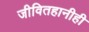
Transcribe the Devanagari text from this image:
जीवितहानीही